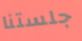
جلستنا